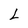
Character: L